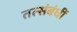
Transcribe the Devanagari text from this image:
तत्संबंधीं